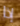
إذا